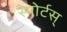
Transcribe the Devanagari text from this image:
स्पोर्टस्‌